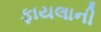
ફાયલાની